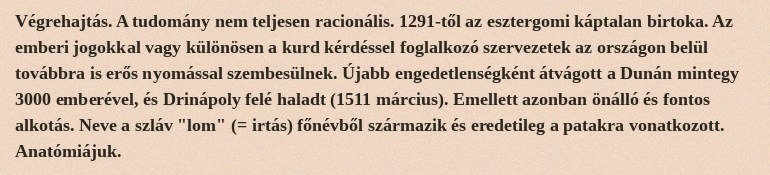
Végrehajtás. A tudomány nem teljesen racionális. 1291-től az esztergomi káptalan birtoka. Az emberi jogokkal vagy különösen a kurd kérdéssel foglalkozó szervezetek az országon belül továbbra is erős nyomással szembesülnek. Újabb engedetlenségként átvágott a Dunán mintegy 3000 emberével, és Drinápoly felé haladt (1511 március). Emellett azonban önálló és fontos alkotás. Neve a szláv "lom" (= irtás) főnévből származik és eredetileg a patakra vonatkozott. Anatómiájuk.